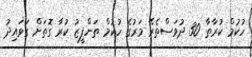
ހުކުމް ކުރާތާ 30 ދުވަސްތެރޭ މަރުގެ ހުކުމް ތަންފީޒު ކުރާ ގޮތަށް ގަވައިދު